Scottish Leaving Certificate Examination, 1957
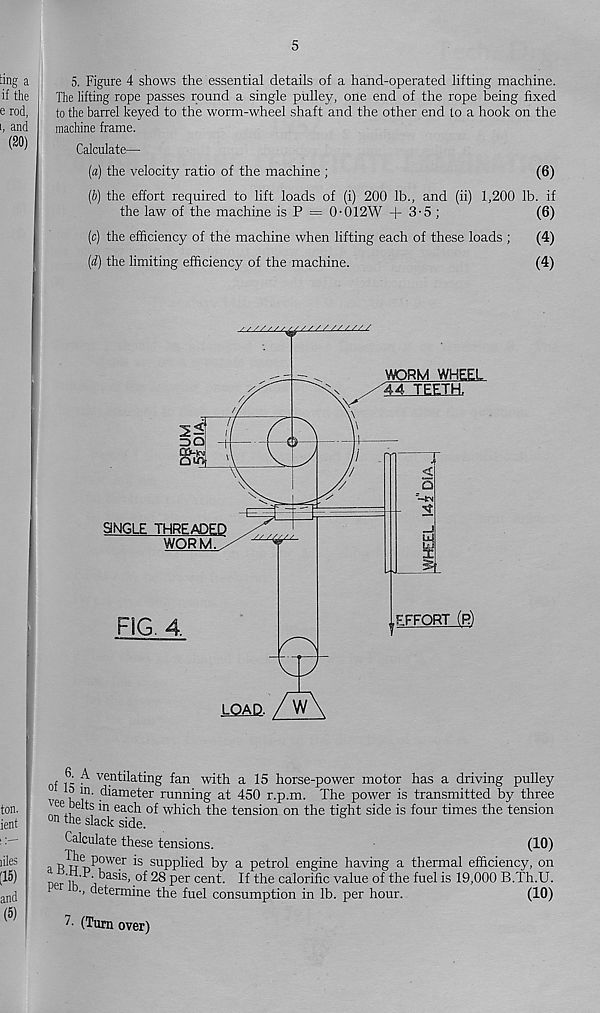
5
5. Figure 4 shows the essential details of a hand-operated lifting machine.
The lifting rope passes round a single pulley, one end of the rope being fixed
to the barrel keyed to the worm-wheel shaft and the other end to a hook on the
machine frame.
Calculate—
(a) the velocity ratio of the machine ;
(6)
(b) the effort required to lift loads of (i) 200 lb., and (ii) 1,200 lb. if
the law of the machine is P = 0-012W + 3-5 ;
(6)
(c) the efficiency of the machine when lifting each of these loads ;
(4)
(d) the limiting efficiency of the machine.
(4)
f P A ventilating fan with a 15 horse-power motor has a driving pulley
v ? “■ diameter running at 450 r.p.m. The power is transmitted by three
^ee belts in each of which the tension on the tight side is four times the tension
°n the slack side.
Calculate these tensions.
(10)
R WT)P? Wersu PPti e d by a petrol engine having a thermal efficiency, on
basis, of 28 per cent. If the calorific value of the fuel is 19,000 B.Th.U.
C
•> determine the fuel consumption in lb. per hour.
(10)
(Turn over)